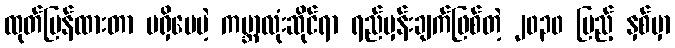
ထုတ်ပြန်ထားတာ မရှိပေမဲ့ ကမ္ဘာလုံးဆိုင်ရာ ရည်မှန်းချက်ဖြစ်တဲ့ ၂၀၃၀ ပြည့် နှစ်မှာ